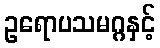
ဥရောပသမဂ္ဂနှင့်